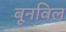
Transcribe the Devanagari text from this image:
बूनविल